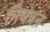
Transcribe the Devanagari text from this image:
नियंत्रऩ